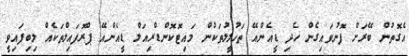
އެގޮތުން ބޭރަށް ފޮނުވައިގެން ހެދި ޑީއެންއޭ ތަހުލީލުތަކުން މައިޓޮކޮންޑްރިއަލް ޑީއެންއޭ ޕްރޮފައިލްތަކެއް ލިބިފައިވީ